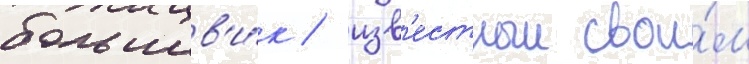
большев'и́к / изв'естныи свои́м